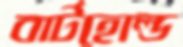
বার্টহোল্ড